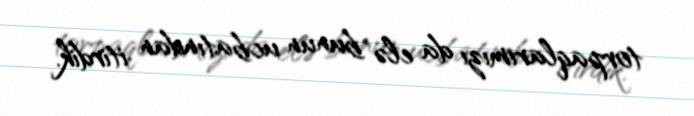
torpaqlarımızı da elə bunun ucbatından itirdik.